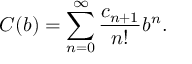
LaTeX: C ( b ) = \sum _ { n = 0 } ^ { \infty } { \frac { c _ { n + 1 } } { n ! } } b ^ { n } .